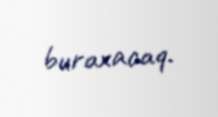
buraxacaq.